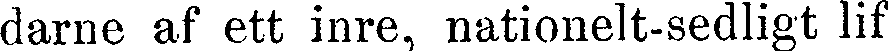
darne af ett inre, nationelt-sedligt lif